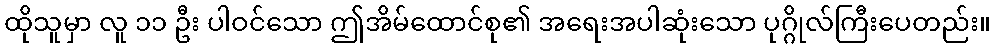
ထိုသူမှာ လူ ၁၁ ဦး ပါဝင်သော ဤအိမ်ထောင်စု၏ အရေးအပါဆုံးသော ပုဂ္ဂိုလ်ကြီးပေတည်း။